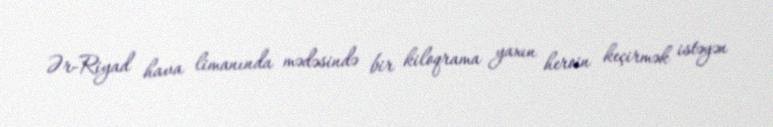
Ər-Riyad hava limanında mədəsində bir kiloqrama yaxın heroin keçirmək istəyən